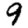
Digit: 9